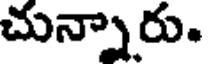
చున్నారు.